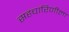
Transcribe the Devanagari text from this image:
सहचारिणीला